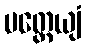
ပတ္ထေယျံ